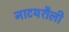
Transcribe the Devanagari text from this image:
नाटयशैली